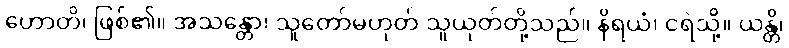
ဟောတိ၊ ဖြစ်၏။ အသန္တော၊ သူတော်မဟုတ် သူယုတ်တို့သည်။ နိရယံ၊ ငရဲသို့။ ယန္တိ၊